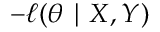
- \ell ( \theta \mid X , Y )